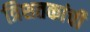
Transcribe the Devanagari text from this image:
त्रिशतकांची